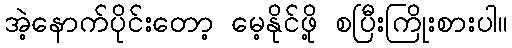
အဲ့နောက်ပိုင်းတော့ မေ့နိုင်ဖို့ စပြီးကြိုးစားပါ။